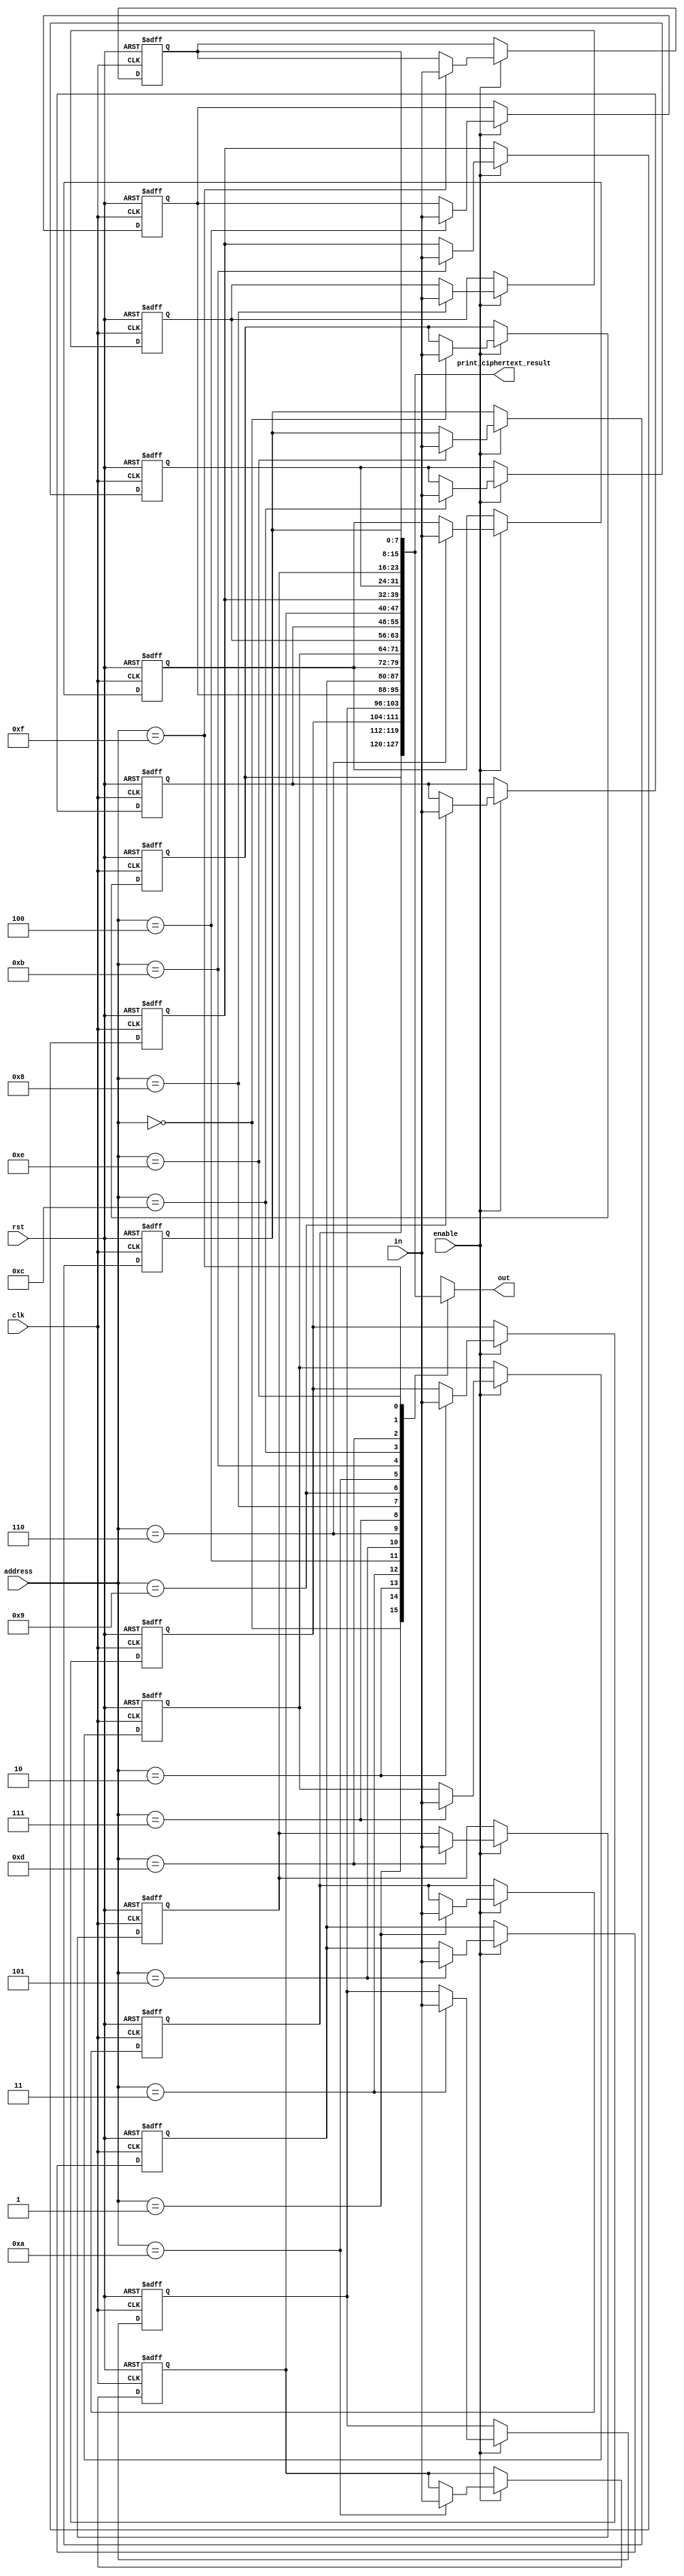
module ram_round_key (
    output   wire   [7:0]   out,
    output   wire   [127:0] print_ciphertext_result,
    input    wire   [7:0]   in,
    input    wire   [3:0]   address,
    input    wire           enable,
    input    wire           clk,
    input    wire           rst
);

integer  i;

reg   [7:0]    RAM    [0:15];

always @(posedge clk or negedge rst)
    begin
        if(!rst)
            begin
                for (i = 0; i < 16; i = i + 1)
                    RAM[i] <= 8'b0;
            end
        else if(enable)
            begin
                RAM[address] <= in;
            end
    end
assign  out = RAM[address];
assign print_ciphertext_result = {RAM[0],RAM[1],RAM[2],RAM[3],RAM[4],RAM[5],RAM[6],RAM[7],RAM[8],RAM[9],RAM[10],RAM[11],RAM[12],RAM[13],RAM[14],RAM[15]};
endmodule